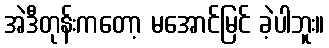
အဲဒီတုန်းကတော့ မအောင်မြင် ခဲ့ပါဘူး။